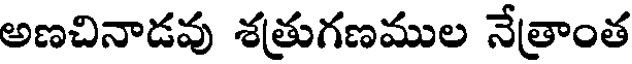
అణచినాడవు శత్రుగణముల నేత్రాంత